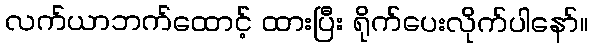
လက်ယာဘက်ထောင့် ထားပြီး ရိုက်ပေးလိုက်ပါနော်။